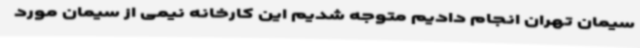
سیمان تهران انجام دادیم متوجه شدیم این کارخانه نیمی از سیمان مورد